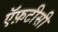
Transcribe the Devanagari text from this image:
ऍफ़टीसी